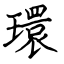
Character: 環